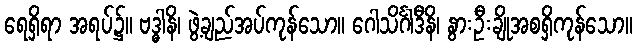
ရေရှိရာ အရပ်၌။ ဗဒ္ဓါနိ၊ ဖွဲ့ချည်အပ်ကုန်သော။ ဂေါသိင်္ဂါဒီနိ၊ နွားဦးချိုအစရှိကုန်သော။